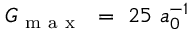
G _ { \mathrm { ~ m ~ a ~ x ~ } } ~ = ~ 2 5 ~ a _ { 0 } ^ { - 1 }